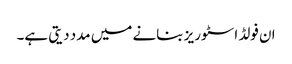
ان فولڈ اسٹوریز بنانے میں مدد دیتی ہے۔